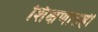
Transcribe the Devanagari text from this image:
शिक्षणातही